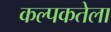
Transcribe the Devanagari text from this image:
कल्पकतेला